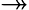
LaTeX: \twoheadrightarrow